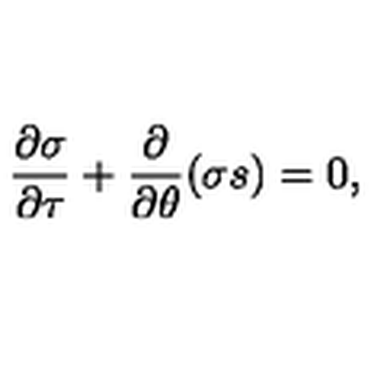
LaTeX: \frac { \partial \sigma } { \partial \tau } + \frac { \partial } { \partial \theta } ( \sigma s ) = 0 ,